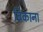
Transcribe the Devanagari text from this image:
बिकाना